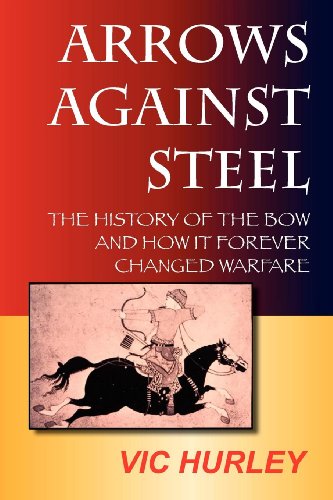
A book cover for Arrows Against Steel: The History of the Bow and How It Forever Changed Warfare; Vic Hurley; Sports & Outdoors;